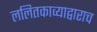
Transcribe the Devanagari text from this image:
ललितकाव्याद्वाराच